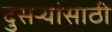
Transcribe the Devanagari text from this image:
दुसऱ्यांसाठी